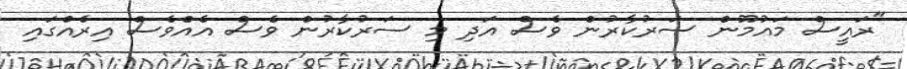
"ރައީސް މައުމޫން ސަރުކާރުން ވެސް އަދި މި ސަރުކާރުން ވެސް އެއްވެސް އިރެއްގައި